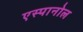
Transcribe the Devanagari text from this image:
एस्‍पानोल